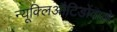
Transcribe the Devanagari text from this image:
न्यूक्लिऔटिडोंवाले